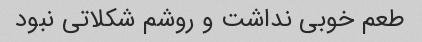
طعم خوبی نداشت و روشم شکلاتی نبود